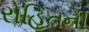
રોહિતની